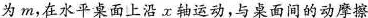
为m，在水平桌面上沿x轴运动，与桌面间的动摩擦